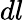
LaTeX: dl